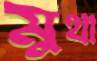
মুথা